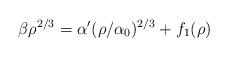
LaTeX: \begin{align*}\beta\rho^{2/3}=\alpha'(\rho/\alpha_0)^{2/3} + f_1(\rho)\\\end{align*}